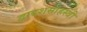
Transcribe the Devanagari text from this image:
द्वादशसाहस्त्री